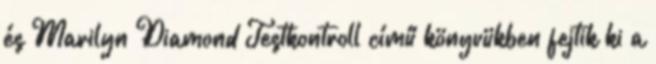
és Marilyn Diamond Testkontroll című könyvükben fejtik ki a